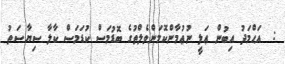
:  އަޙްމަދު އިބުން ޢަލީ ނުޢުމާންކޮމަންވެލްތުގެ ބޮޑުމަސް ކުޑަމަސް ކާލާ ސިޔާސަތު